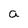
Character: a